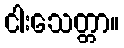
ငါးသေတ္တာ။